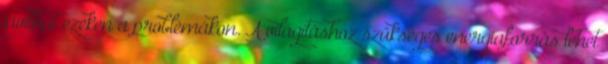
javíthat ezeken a problémákon. A világításhoz szükséges energiaforrás lehet